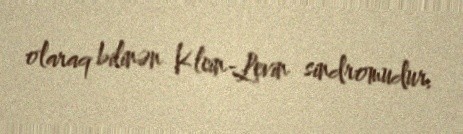
olaraq bilinən Klein-Levin sindromudur.